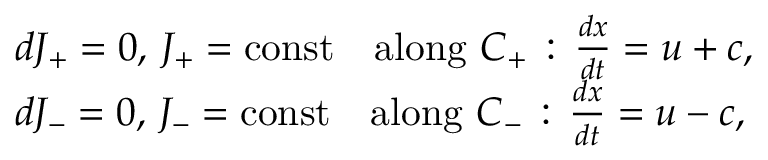
{ \begin{array} { r l } & { d J _ { + } = 0 , \, J _ { + } = { \mathrm { c o n s t } } \quad { \mathrm { a l o n g } } \, \, C _ { + } \, : \, { \frac { d x } { d t } } = u + c , } \\ & { d J _ { - } = 0 , \, J _ { - } = { \mathrm { c o n s t } } \quad { \mathrm { a l o n g } } \, \, C _ { - } \, : \, { \frac { d x } { d t } } = u - c , } \end{array} }